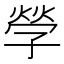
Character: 𡦃